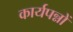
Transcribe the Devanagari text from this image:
कार्यपन्नों